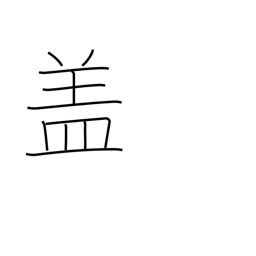
Meaning: lid